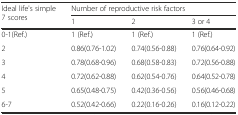
<table><thead><tr><td rowspan="2"><b>Ideal life&#x27;s simple 7 scores</b></td><td colspan="3"><b>Number of reproductive risk factors</b></td></tr><tr><td><b>1</b></td><td><b>2</b></td><td><b>3 or 4</b></td></tr></thead><tbody><tr><td>0-1(Ref.)</td><td>1 (Ref.)</td><td>1 (Ref.)</td><td>1 (Ref.)</td></tr><tr><td>2</td><td>0.86(0.76-1.02)</td><td>0.74(0.56-0.88)</td><td>0.76(0.64-0.92)</td></tr><tr><td>3</td><td>0.78(0.68-0.96)</td><td>0.68(0.58-0.83)</td><td>0.72(0.56-0.88)</td></tr><tr><td>4</td><td>0.72(0.62-0.88)</td><td>0.62(0.54-0.76)</td><td>0.64(0.52-0.78)</td></tr><tr><td>5</td><td>0.65(0.48-0.75)</td><td>0.42(0.36-0.56)</td><td>0.56(0.46-0.68)</td></tr><tr><td>6-7</td><td>0.52(0.42-0.66)</td><td>0.22(0.16-0.26)</td><td>0.16(0.12-0.22)</td></tr></tbody></table>